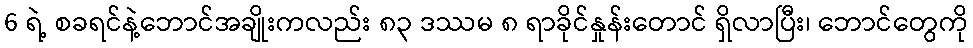
6 ရဲ့ စခရင်နဲ့ဘောင်အချိုးကလည်း ၈၃ ဒဿမ ၈ ရာခိုင်နှုန်းတောင် ရှိလာပြီး၊ ဘောင်တွေကို